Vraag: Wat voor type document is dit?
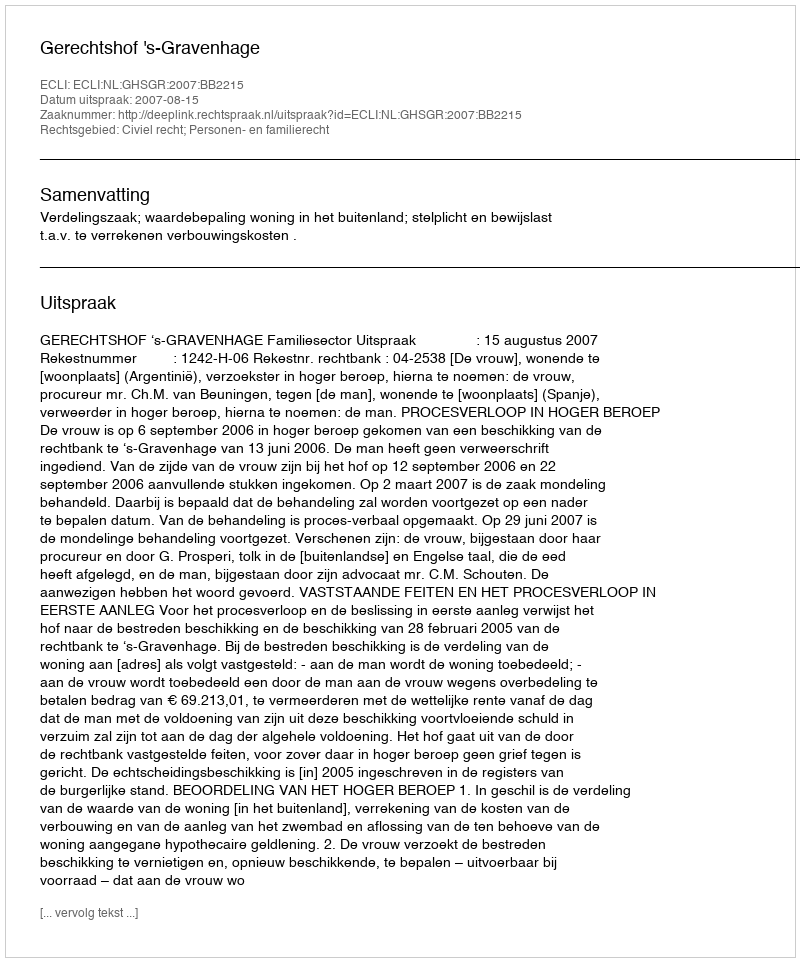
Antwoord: Uitspraak